Report of the Indian Hemp Drugs Commission, 1894-1895 - Volume VIII
Year: 1894
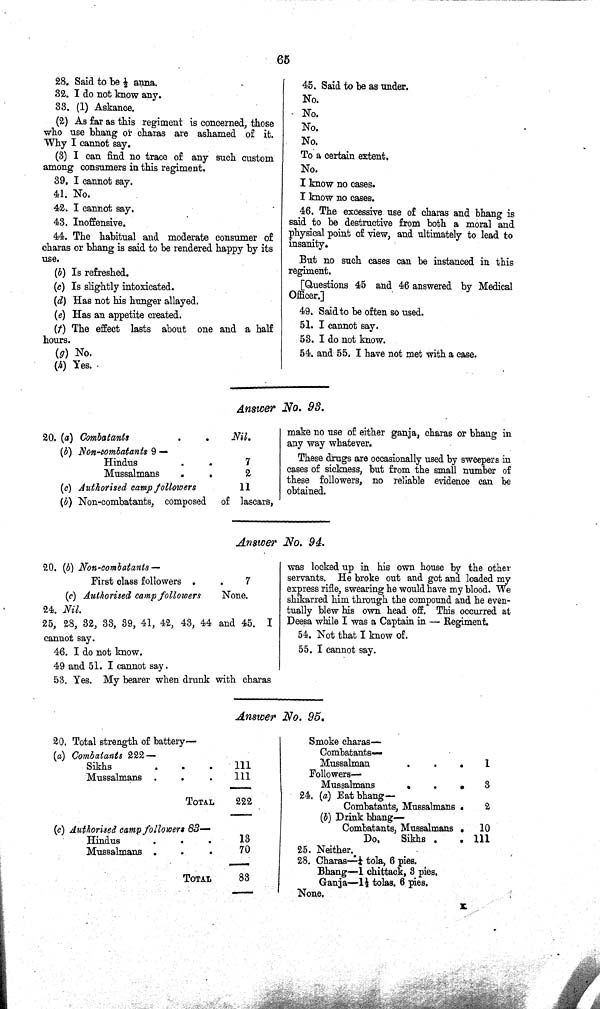
65
28. Said to be 1/2 anna.
32. I do not know any.
33. (1) Askance.
(2) As far as this regiment is concerned, those
who use bhang or charas are ashamed of it.
Why I cannot say.
(3) I can find no trace of any such custom
among consumers in this regiment.
39. I cannot say.
41. No.
42. I cannot say.
43. Inoffensive.
44. The habitual and moderate consumer of
charas or bhang is said to be rendered happy by its
use.
(b) Is refreshed.
(c) Is slightly intoxicated.
(d) Has not his hunger allayed.
(e) Has an appetite created.
(f) The effect lasts about one and a half
hours.
(g) No.
(h) Yes.
45. Said to be as under.
No.
No.
No.
No.
To a certain extent.
No.
I know no cases.
I know no cases.
46. The excessive use of charas and bhang is
said to be destructive from both a moral and
physical point of view, and ultimately to lead to
insanity.
But no such cases can be instanced in this
regiment.
[Questions 45 and 46 answered by Medical
Officer.]
49. Said to be often so used.
51. I cannot say.
53. I do not know.
54. and 55. I have not met with a case.
Answer No. 93.
20. (a) Combatants
Nil.
(b) Non-combatants 9 —
Hindus
7
Mussalmans
2
(c) Authorised camp followers
11
(b) Non-combatants, composed of lascars,
make no use of either ganja, charas or bhang in
any way whatever.
These drugs are occasionally used by sweepers in
cases of sickness, but from the small number of
these followers, no reliable evidence can be
obtained.
Answer No. 94.
20. (b)
Non-combatants—
First class followers
7
(c) Authorised camp followers
None.
24. Nil.
25, 28, 32, 33, 39, 41, 42, 43, 44 and 45. I
cannot say.
46. I do not know.
49 and 51. I cannot say.
53. Yes. My bearer when drunk with charas
was locked up in his own house by the other
servants. He broke out and got and loaded my
express rifle, swearing he would have my blood. We
shikarred him through the compound and he even-
tually blew his own head off. This occurred at
Deesa while I was a Captain in — Regiment.
54. Not that I know of.
55. I cannot say.
Answer No. 95.
20. Total strength of battery—
(a) Combatants 222—
Sikhs
111
Mussalmans
111
TOTAL
222
(c) Authorised camp followers 83—
Hindus
13
Mussalmans
70
TOTAL
83
Smoke charas—
Combatants—
Mussalman
1
Followers—
Mussalmans
3
24. (a) Eat bhang—
Combatants, Mussalmans
2
(b) Drink bhang—
Combatants, Mussalmans
10
Do.
Sikhs
111
25. Neither.
28. Charas—1/4tola, 6 pies.
Bhang—1 chittcack, 3 pies.
Ganja—11/2 tolas, 6 pies.
None.
K